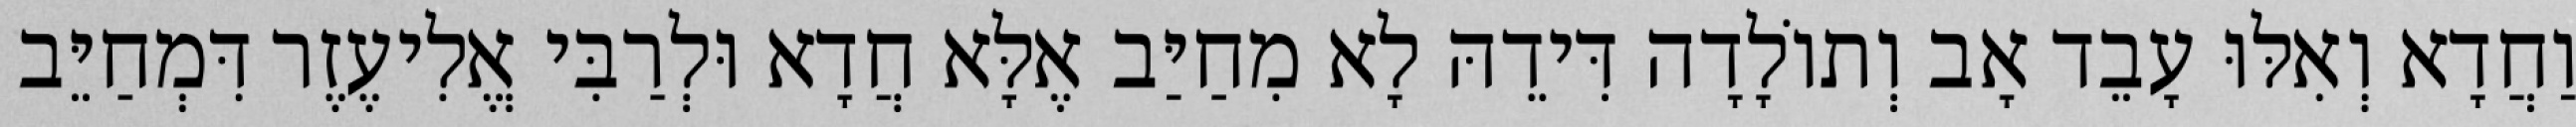
וַחֲדָא וְאִלּוּ עָבֵד אָב וְתוֹלָדָה דִּידֵהּ לָא מִחַיַּב אֶלָּא חֲדָא וּלְרַבִּי אֱלִיעֶזֶר דִּמְחַיֵּב